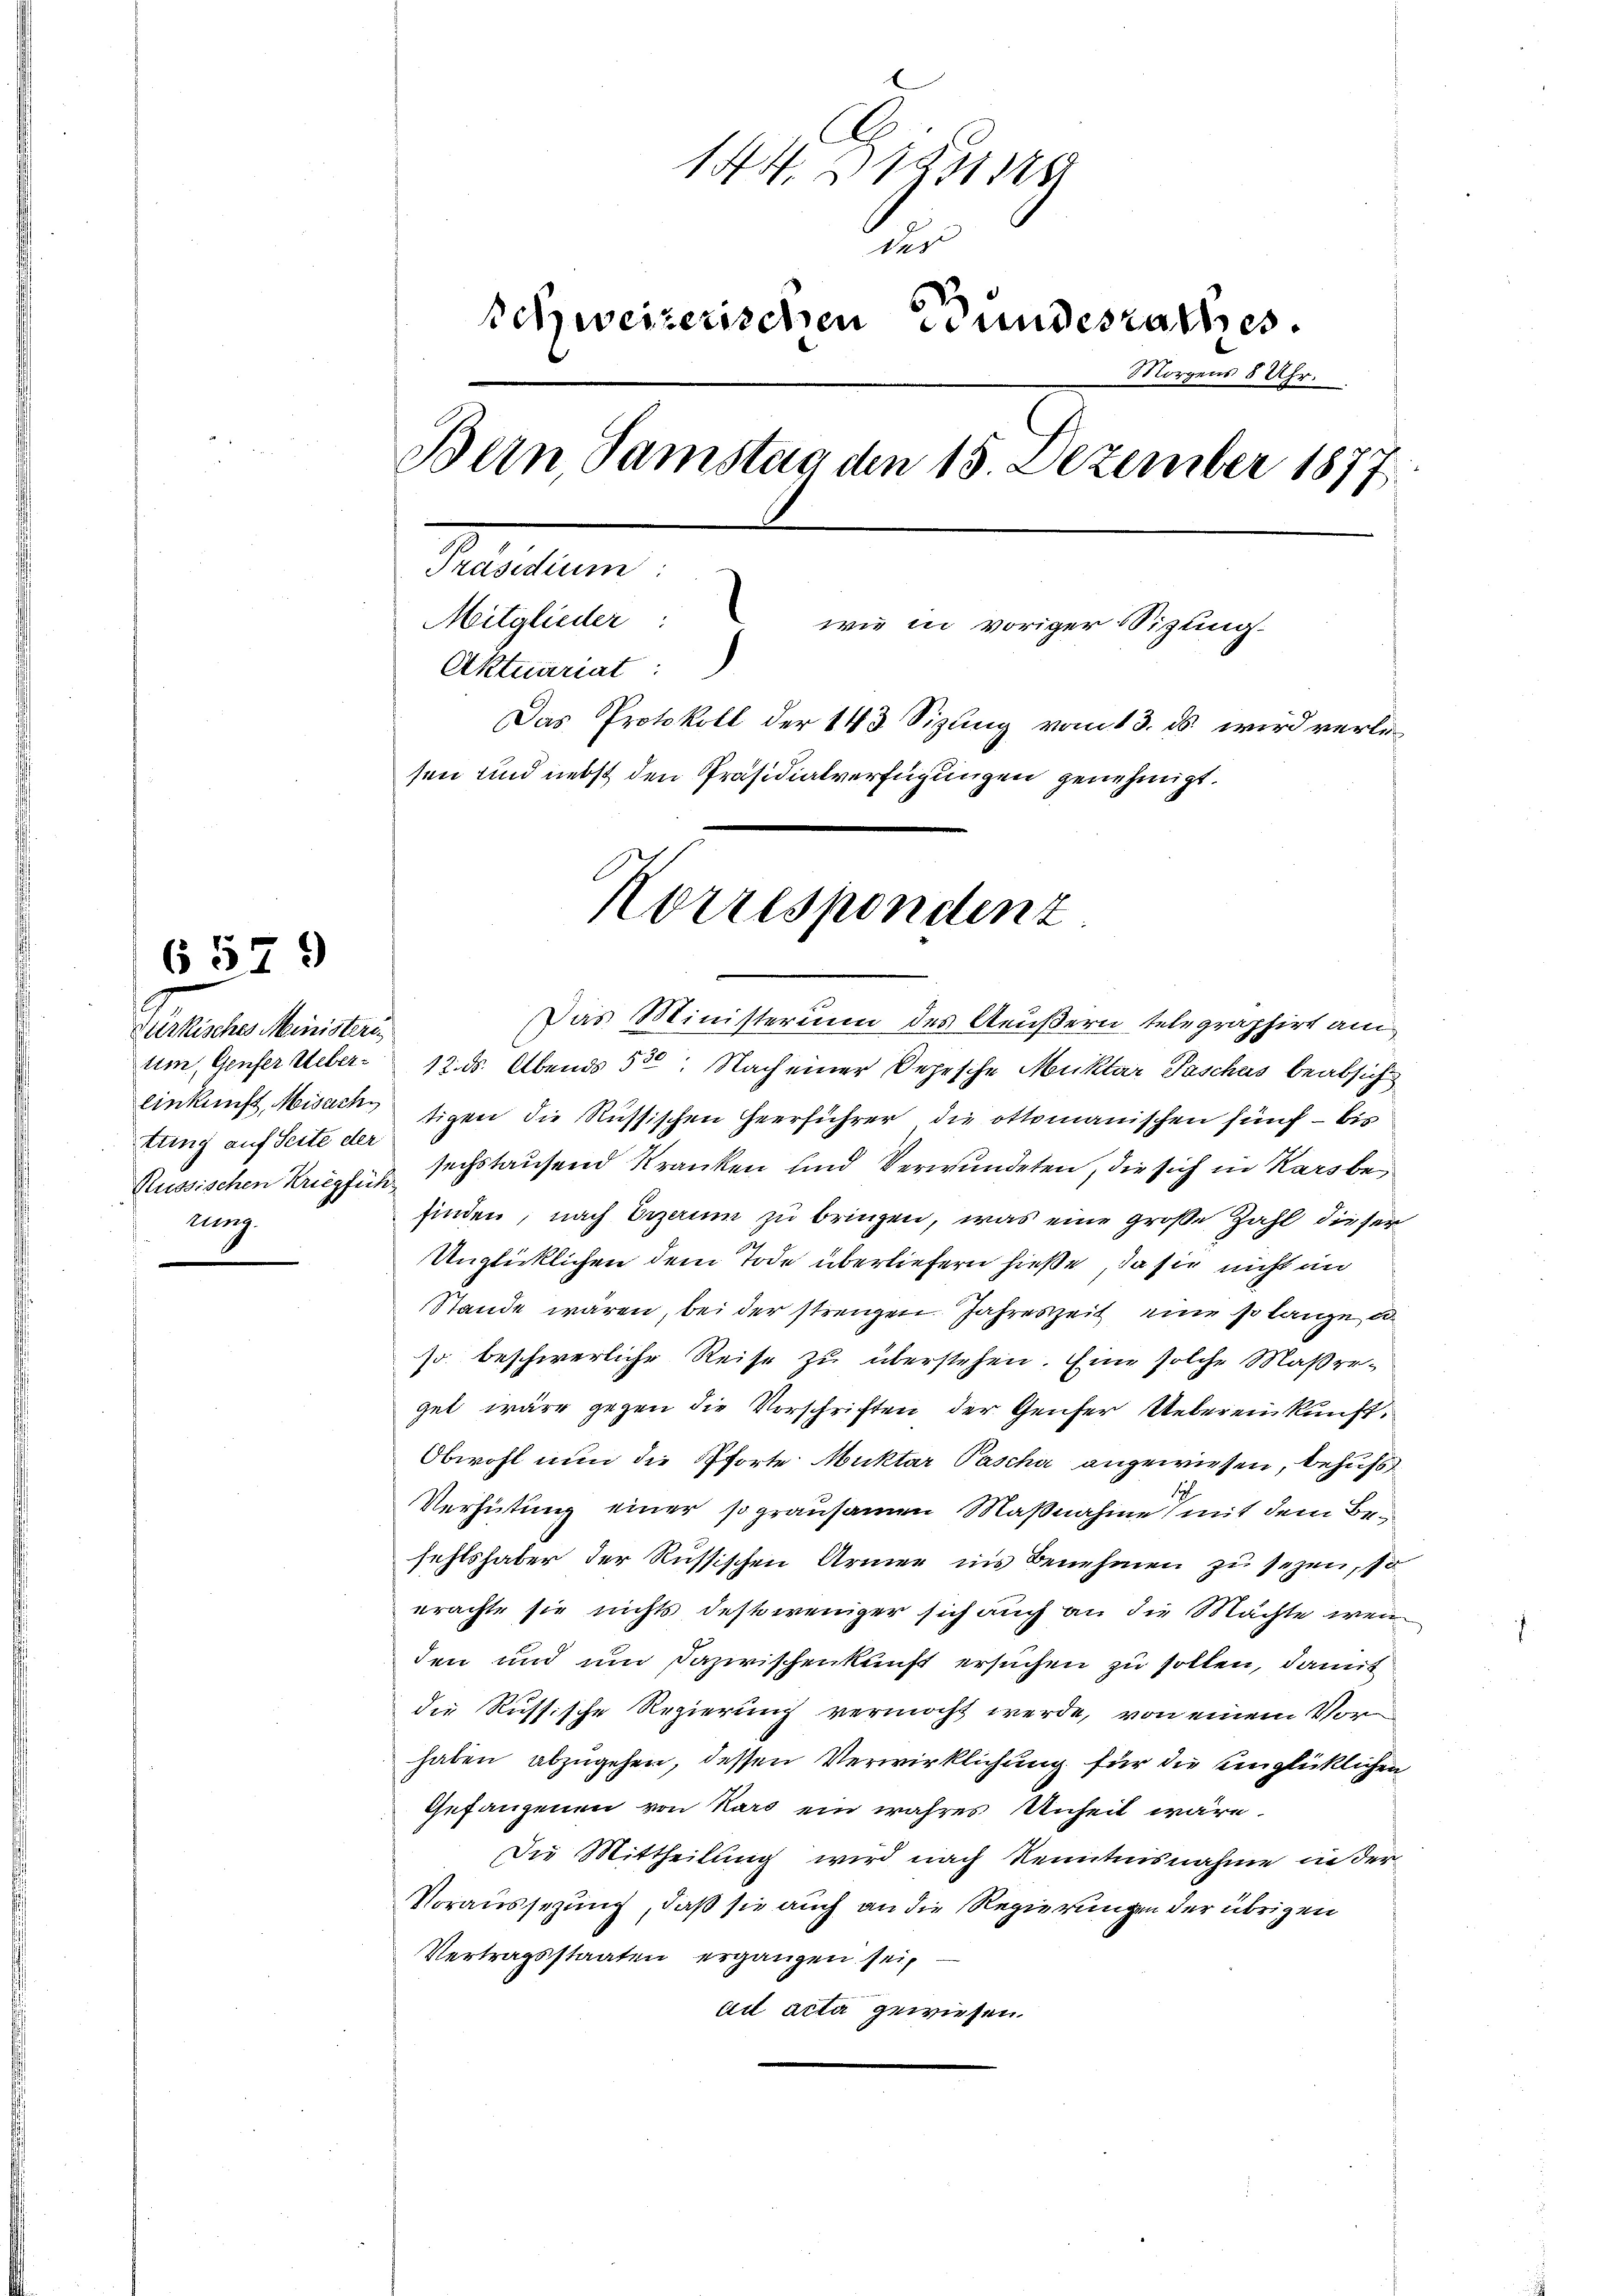
Feusische Ministeri
tung auf Seite der
ug.

6579

144. 1951 188
n
Schweizerischen Bundesrathes.
Morgens 5 Uhr.
Bern, Samstag den 15. Dezember 1877.
Petitum
Mitglieder: wie in voriger Sigling.
Aktuariat
Das Protokoll der 143 Sizung vom 13. ds. wird verlesen und nebst den Präsidialverfügungen genehmigt.

Das Ministerium des Aeußern telegraphirt am
um, Genfer Ueber 12. ds. Abends 530. Nach einer Depesche Muktar Paschus beabsicht
einkunft, Misack tigen die Russischen Heerführer die ottomanischen fünf - bis
Russischen Kriepfe sechstausend Kranken und Verwundeten, die sich in Karsbefinden, nach Erzeum zu bringen, was eine große Zahl dieser
Unglücklichen dem Tode überliefern hieße, da sie nicht in
Stande wären, bei der strengen. Jahreszeit eine so lange u
so beschwerliche Reise zu überstehen. Eine solche Maßreget wäre gegen die Vorschriften der Genfer Uebereinkunft,
Obwohl nun die Pforte Muktar Pascha angewiesen, behufs
Verhütung einer so grausamen Maßnahme mit dem Befehlshaber der Russischen Armen in Benehmen zu sehen, so
erachte sie nichts destoweniger sich auch an die Machte, wen
den und um Dazwischenkunft ersuchen zu sollen, damit
die Russische Regierung vermocht werde, von einem Vorhaben abzugehen, dessen Verwirklichung für die einglücklichen
Gefangenen von Kars ein wahres Unheit wäre.
Die Mittheilŭng wird nach Kenntnisnahme die der
Voraussezung, daß sie auch an die Regierungen der übrigen
Vertragsstaaten ergänzen sei,
ad acta gewiesen.

Korrespondent.